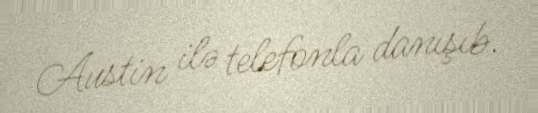
Austin ilə telefonla danışıb.